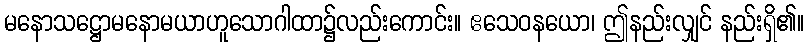
မနောသဋ္ဌောမနောမယာဟူသောဂါထာ၌လည်းကောင်း။ ဧသေဝနယော၊ ဤနည်းလျှင် နည်းရှိ၏။